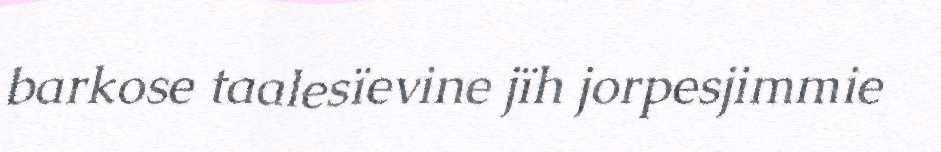
barkose taalesïevine jïh jorpesjimmie